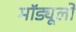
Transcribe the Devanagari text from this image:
मॉड्यूलो